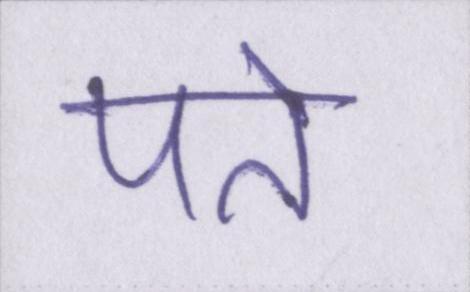
पते